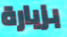
بزيارة